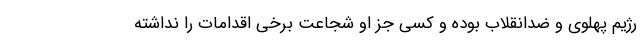
رژیم پهلوی و ضدانقلاب بوده و کسی جز او شجاعت برخی اقدامات را نداشته